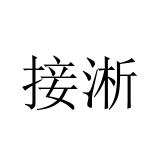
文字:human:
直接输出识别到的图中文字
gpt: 接淅